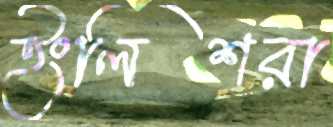
ইংলিশরা